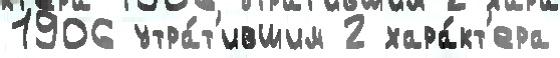
1906 утра́т'ившим 2 хара́кт'ера